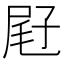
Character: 屘